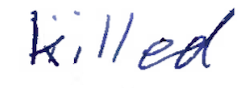
Text: killed
Cross-out: clean
Writing tool: ballpoint